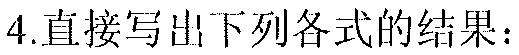
4.直接写出下列各式的结果：